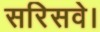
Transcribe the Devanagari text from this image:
सरिसवे।